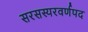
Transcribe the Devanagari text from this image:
सरसस्यरवर्णपद